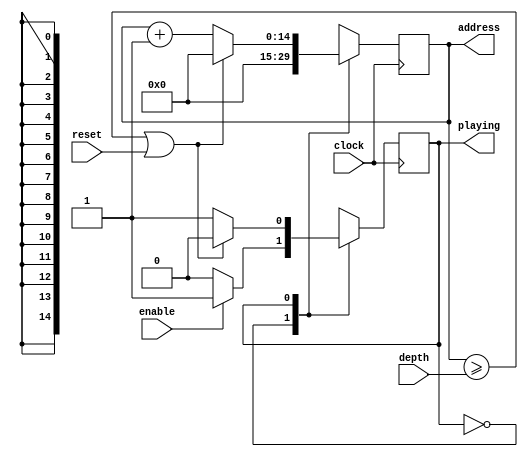
module WaveMaker(input enable, reset, clock, input[14:0] depth, output[14:0] address, output playing);
	
	parameter IDLE = 1'b0, PLAY = 1'b1;
	
	reg currentState, nextState;
	initial currentState = IDLE;

	
	reg [14:0] nextAddress;
	initial nextAddress = 15'b0;
	
	always @ (posedge clock) begin
			case (currentState)
				IDLE: begin
					nextAddress <= 15'b0;
					if (enable)
						nextState <= PLAY;
					else
						nextState <= IDLE;
				end
				PLAY: begin
					if (address >= depth || reset) begin
						nextAddress <= 15'b0;
						nextState <= IDLE;
					end
					else begin
						nextAddress <= nextAddress + 15'b000000000000001;
						nextState <= PLAY;
					end
				end
			endcase
	end
	
		assign playing = (currentState == PLAY);
		assign address = nextAddress;
	
	always @(nextState) begin
			currentState <= nextState;
	end
		
endmodule